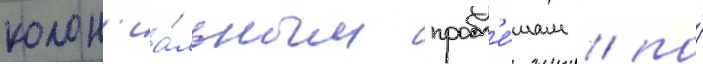
колон'иа́льным пробл'е́мам / по́